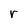
Character: r